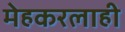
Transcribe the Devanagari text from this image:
मेहकरलाही